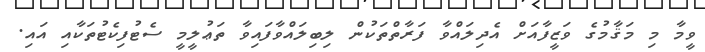
ވީމާ މި މަޤާމުގެ ވަޒީފާއަށް އެދިލައްވާ ފަރާތްތަކުން ލިބިލައްވާފައިވާ ތަޢުލީމީ ސެޓުފިކެޓުތަކާއި އައި.